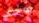
يوجد